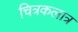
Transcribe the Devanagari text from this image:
चित्रकलात्र